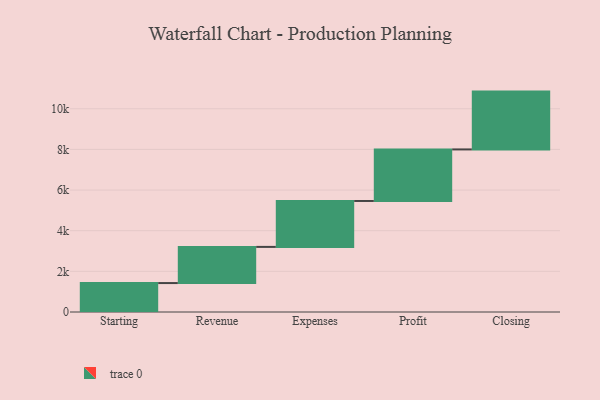
{"axis": {"x": "Step", "y": "Value"}, "legend": [""], "data": [{"x": "Starting", "y": 1424.0, "type": ""}, {"x": "Revenue", "y": 1779.0, "type": ""}, {"x": "Expenses", "y": 2260.0, "type": ""}, {"x": "Profit", "y": 2536.0, "type": ""}, {"x": "Closing", "y": 2845.0, "type": ""}]}